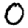
Digit: 0